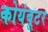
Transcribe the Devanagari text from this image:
कोयंबूटर